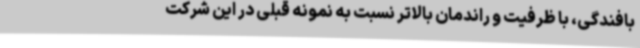
بافندگی، با ظرفیت و راندمان بالاتر نسبت به نمونه قبلی در این شرکت